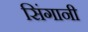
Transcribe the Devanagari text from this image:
सिंगानी